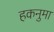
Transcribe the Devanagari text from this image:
हकनुमा